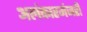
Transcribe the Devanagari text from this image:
अलंकारमंजरी